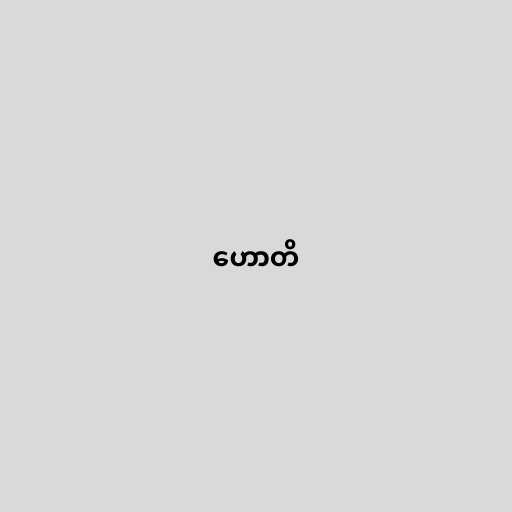
ဟောတိ